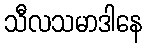
သီလသမာဒါနေ